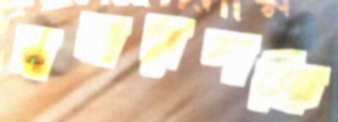
সমরশক্তি